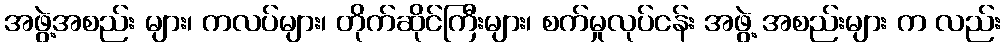
အဖွဲ့အစည်း များ၊ ကလပ်များ၊ တိုက်ဆိုင်ကြီးများ၊ စက်မှုလုပ်ငန်း အဖွဲ့ အစည်းများ က လည်း